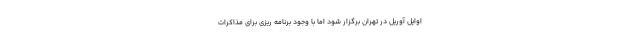
اوایل آوریل در تهران برگزار شود اما با وجود برنامه ریزی برای مذاکرات